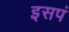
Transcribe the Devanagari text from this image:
इसपं